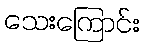
သေးကြောင်း